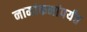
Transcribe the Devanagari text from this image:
नामांकनांपर्यंत